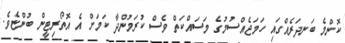
ކޮންމެ ބަނދަރެއްގައި ހަމަޖެއްސުމުގެ މަސައްކަތް ވެސް ކުރަމުންދާ ކަމަށް އެ އޮތޯރިޓީން ބުންޏެވެ.